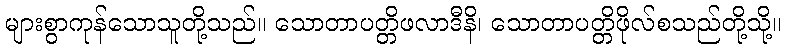
များစွာကုန်သောသူတို့သည်။ သောတာပတ္တိဖလာဒီနိ၊ သောတာပတ္တိဖိုလ်စသည်တို့သို့။